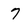
Character: 7